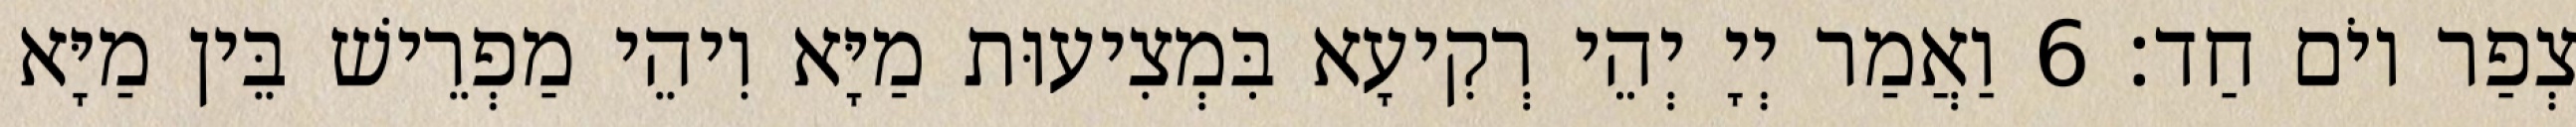
צְפַר יוֹם חַד׃ 6 וַאֲמַר יְיָ יְהֵי רְקִיעָא בִּמְצִיעוּת מַיָּא וִיהֵי מַפְרֵישׁ בֵּין מַיָּא